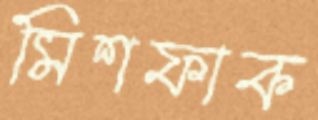
মিশফাক